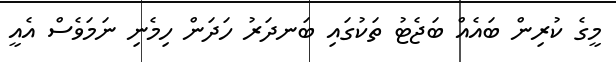
މީގެ ކުރިން ބައެއް ބަޖެޓު ތަކުގައި ބަނދަރު ހަދަން ހިމެނި ނަމަވެސް އެއީ